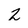
Character: 2